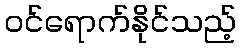
ဝင်ရောက်နိုင်သည့်